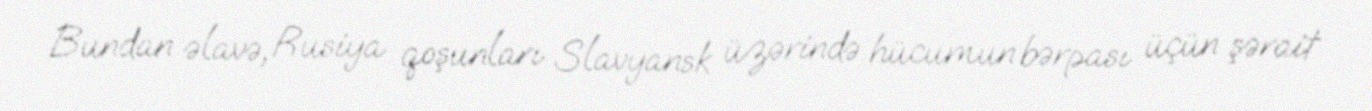
Bundan əlavə, Rusiya qoşunları Slavyansk üzərində hücumun bərpası üçün şərait